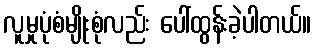
လူမှုပုံစံမျိုးစုံလည်း ပေါ်ထွန်းခဲ့ပါတယ်။